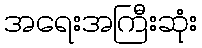
အရေးအကြီးဆုံး